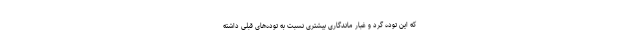
که این توده گرد و غبار ماندگاری بیشتری نسبت به توده‌های قبلی داشته